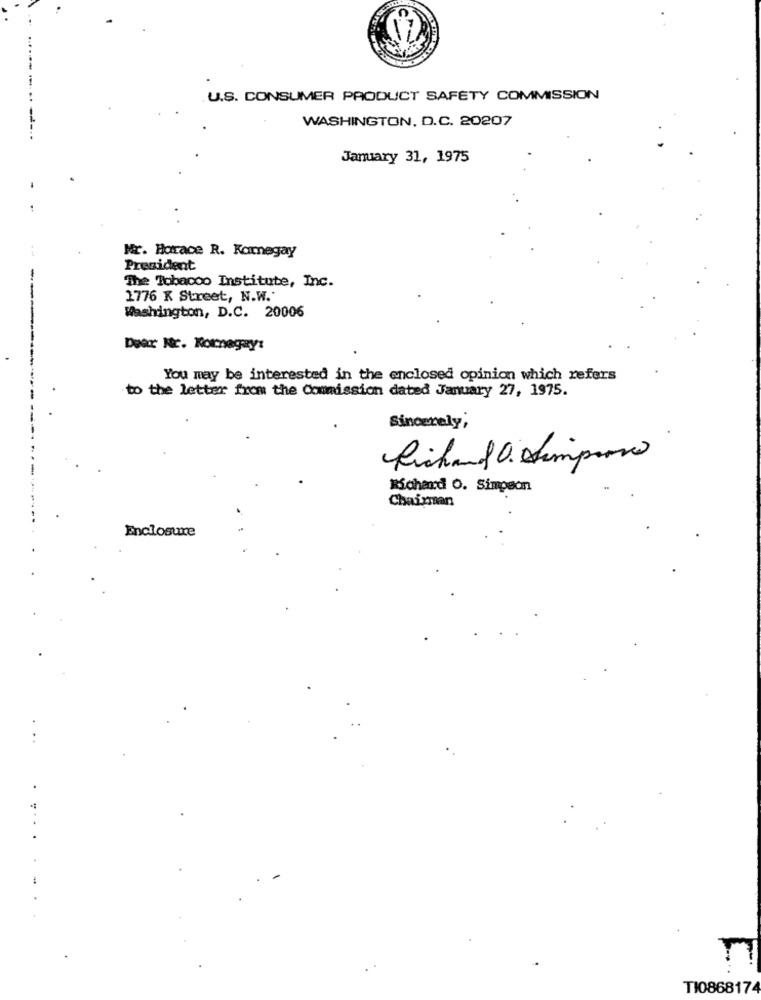
.U.S. CONSUMER PRODUCT SAFETY COMMISSION
WASHINGTON, D.C. 20207
January 31, 1975
Mr. Horace R. Karnegay
Prezident
The Tobacco Institute, Inc.
2776 K Street, N.W.'
Washington, D.C. 20006
Dear Nc. Kornagay:
You may be interested in the enclosed opinion which refers
to the letter from the Commission dated January 27, 1975.
Sincerely,
Richard O. simprove
Richard O. Simpson
Chairman
Enclosure
...
...
TI0868174